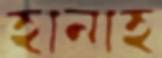
হানাহ